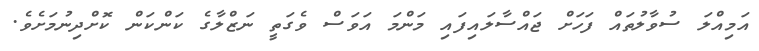
އަމިއްލަ ސުވާލުތައް ފަހަށް ޖައްސާލައިފައި މަންމަ އަވަސް ވެގަތީ ނަޒްލާގެ ކަންކަން ކޮށްދިނުމަށެވެ.